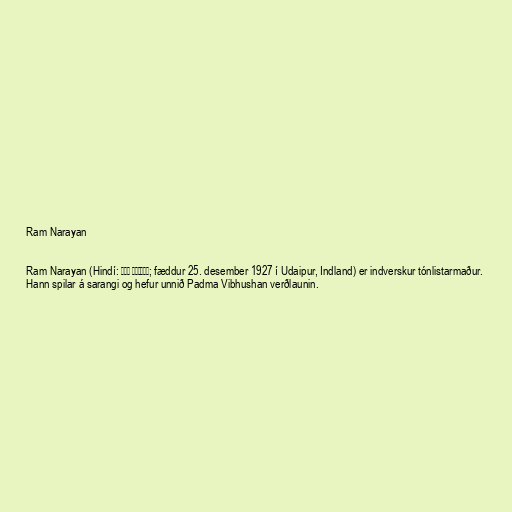
Ram Narayan

Ram Narayan (Hindí: राम नारायण; fæddur 25. desember 1927 í Udaipur, Indland) er indverskur tónlistarmaður.
Hann spilar á sarangi og hefur unnið Padma Vibhushan verðlaunin.